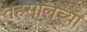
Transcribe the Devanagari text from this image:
तहसीलच्या